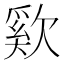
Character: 㰿